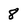
Character: 8